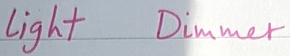
Text: Light Dimmer